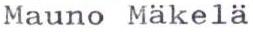
Mauno Mäkelä